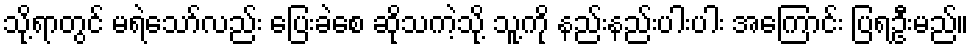
သို့ရာတွင် မရဲသော်လည်း ပြေးခဲစေ ဆိုသကဲ့သို့ သူ့ကို နည်းနည်းပါးပါး အကြောင်း ပြရဦးမည်။